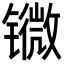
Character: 𨱖